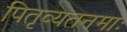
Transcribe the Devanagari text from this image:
पितृव्यतनमाः